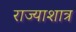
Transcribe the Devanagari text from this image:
राज्याशात्र